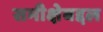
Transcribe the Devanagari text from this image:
समीक्षेबद्दल